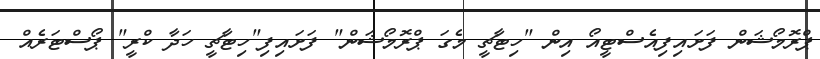
ޕްރޮމޯޝަން ފަށައިފިއެސްޓީއޯ އިން "ހިޓާޗީ މެގަ ޕްރޮމޯޝަން" ފަށައިފި"ހިޓާޗީ ހަދާ ކްރީ" ޕޯސްޓަރެއް